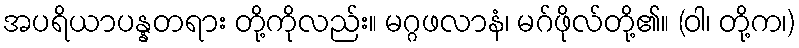
အပရိယာပန္နတရား တို့ကိုလည်း။ မဂ္ဂဖလာနံ၊ မဂ်ဖိုလ်တို့၏။ (ဝါ၊ တို့က၊)